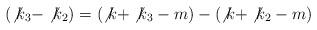
LaTeX: \begin{align*}(\not{k}_{3}-\not{k}_{2})=(\not{k}+\not{k}_{3}-m)-(\not{k}+\not{k}_{2}-m)\end{align*}